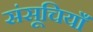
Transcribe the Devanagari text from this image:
संसूचियाँ